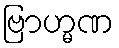
ဗြာဟ္မဏ